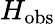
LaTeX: H_{\mathrm{obs}}